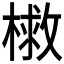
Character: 𭫣